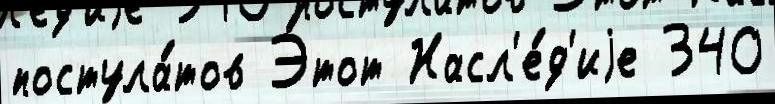
постула́тов Э́тот Насл'е́д'иjе 340